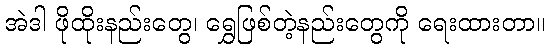
အဲဒါ ဖိုထိုးနည်းတွေ၊ ရွှေဖြစ်တဲ့နည်းတွေကို ရေးထားတာ။